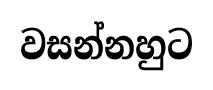
වසන්නහුට